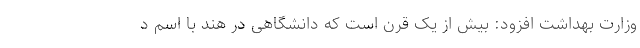
وزارت بهداشت افزود: بیش از یک قرن است که دانشگاهی در هند با اسم د